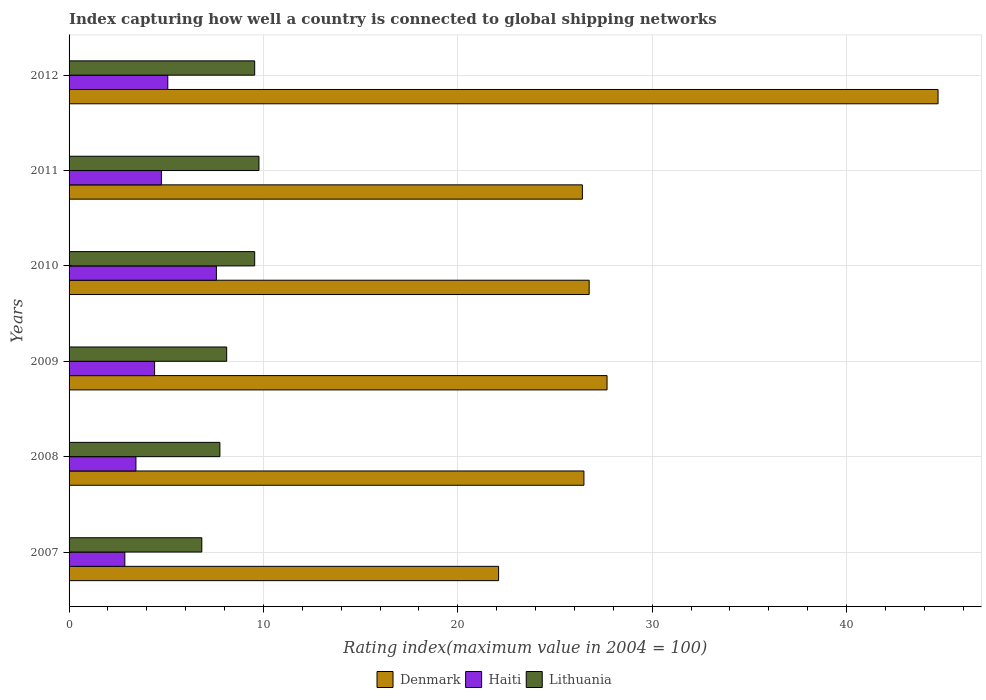
| Years | Denmark | Haiti | Lithuania |
 | --- | --- | --- | --- |
 | 2007 | 22.1 | 2.87 | 6.83 |
 | 2008 | 26.5 | 3.44 | 7.76 |
 | 2009 | 27.7 | 4.4 | 8.11 |
 | 2010 | 26.8 | 7.58 | 9.55 |
 | 2011 | 26.4 | 4.75 | 9.77 |
 | 2012 | 44.7 | 5.08 | 9.55 |